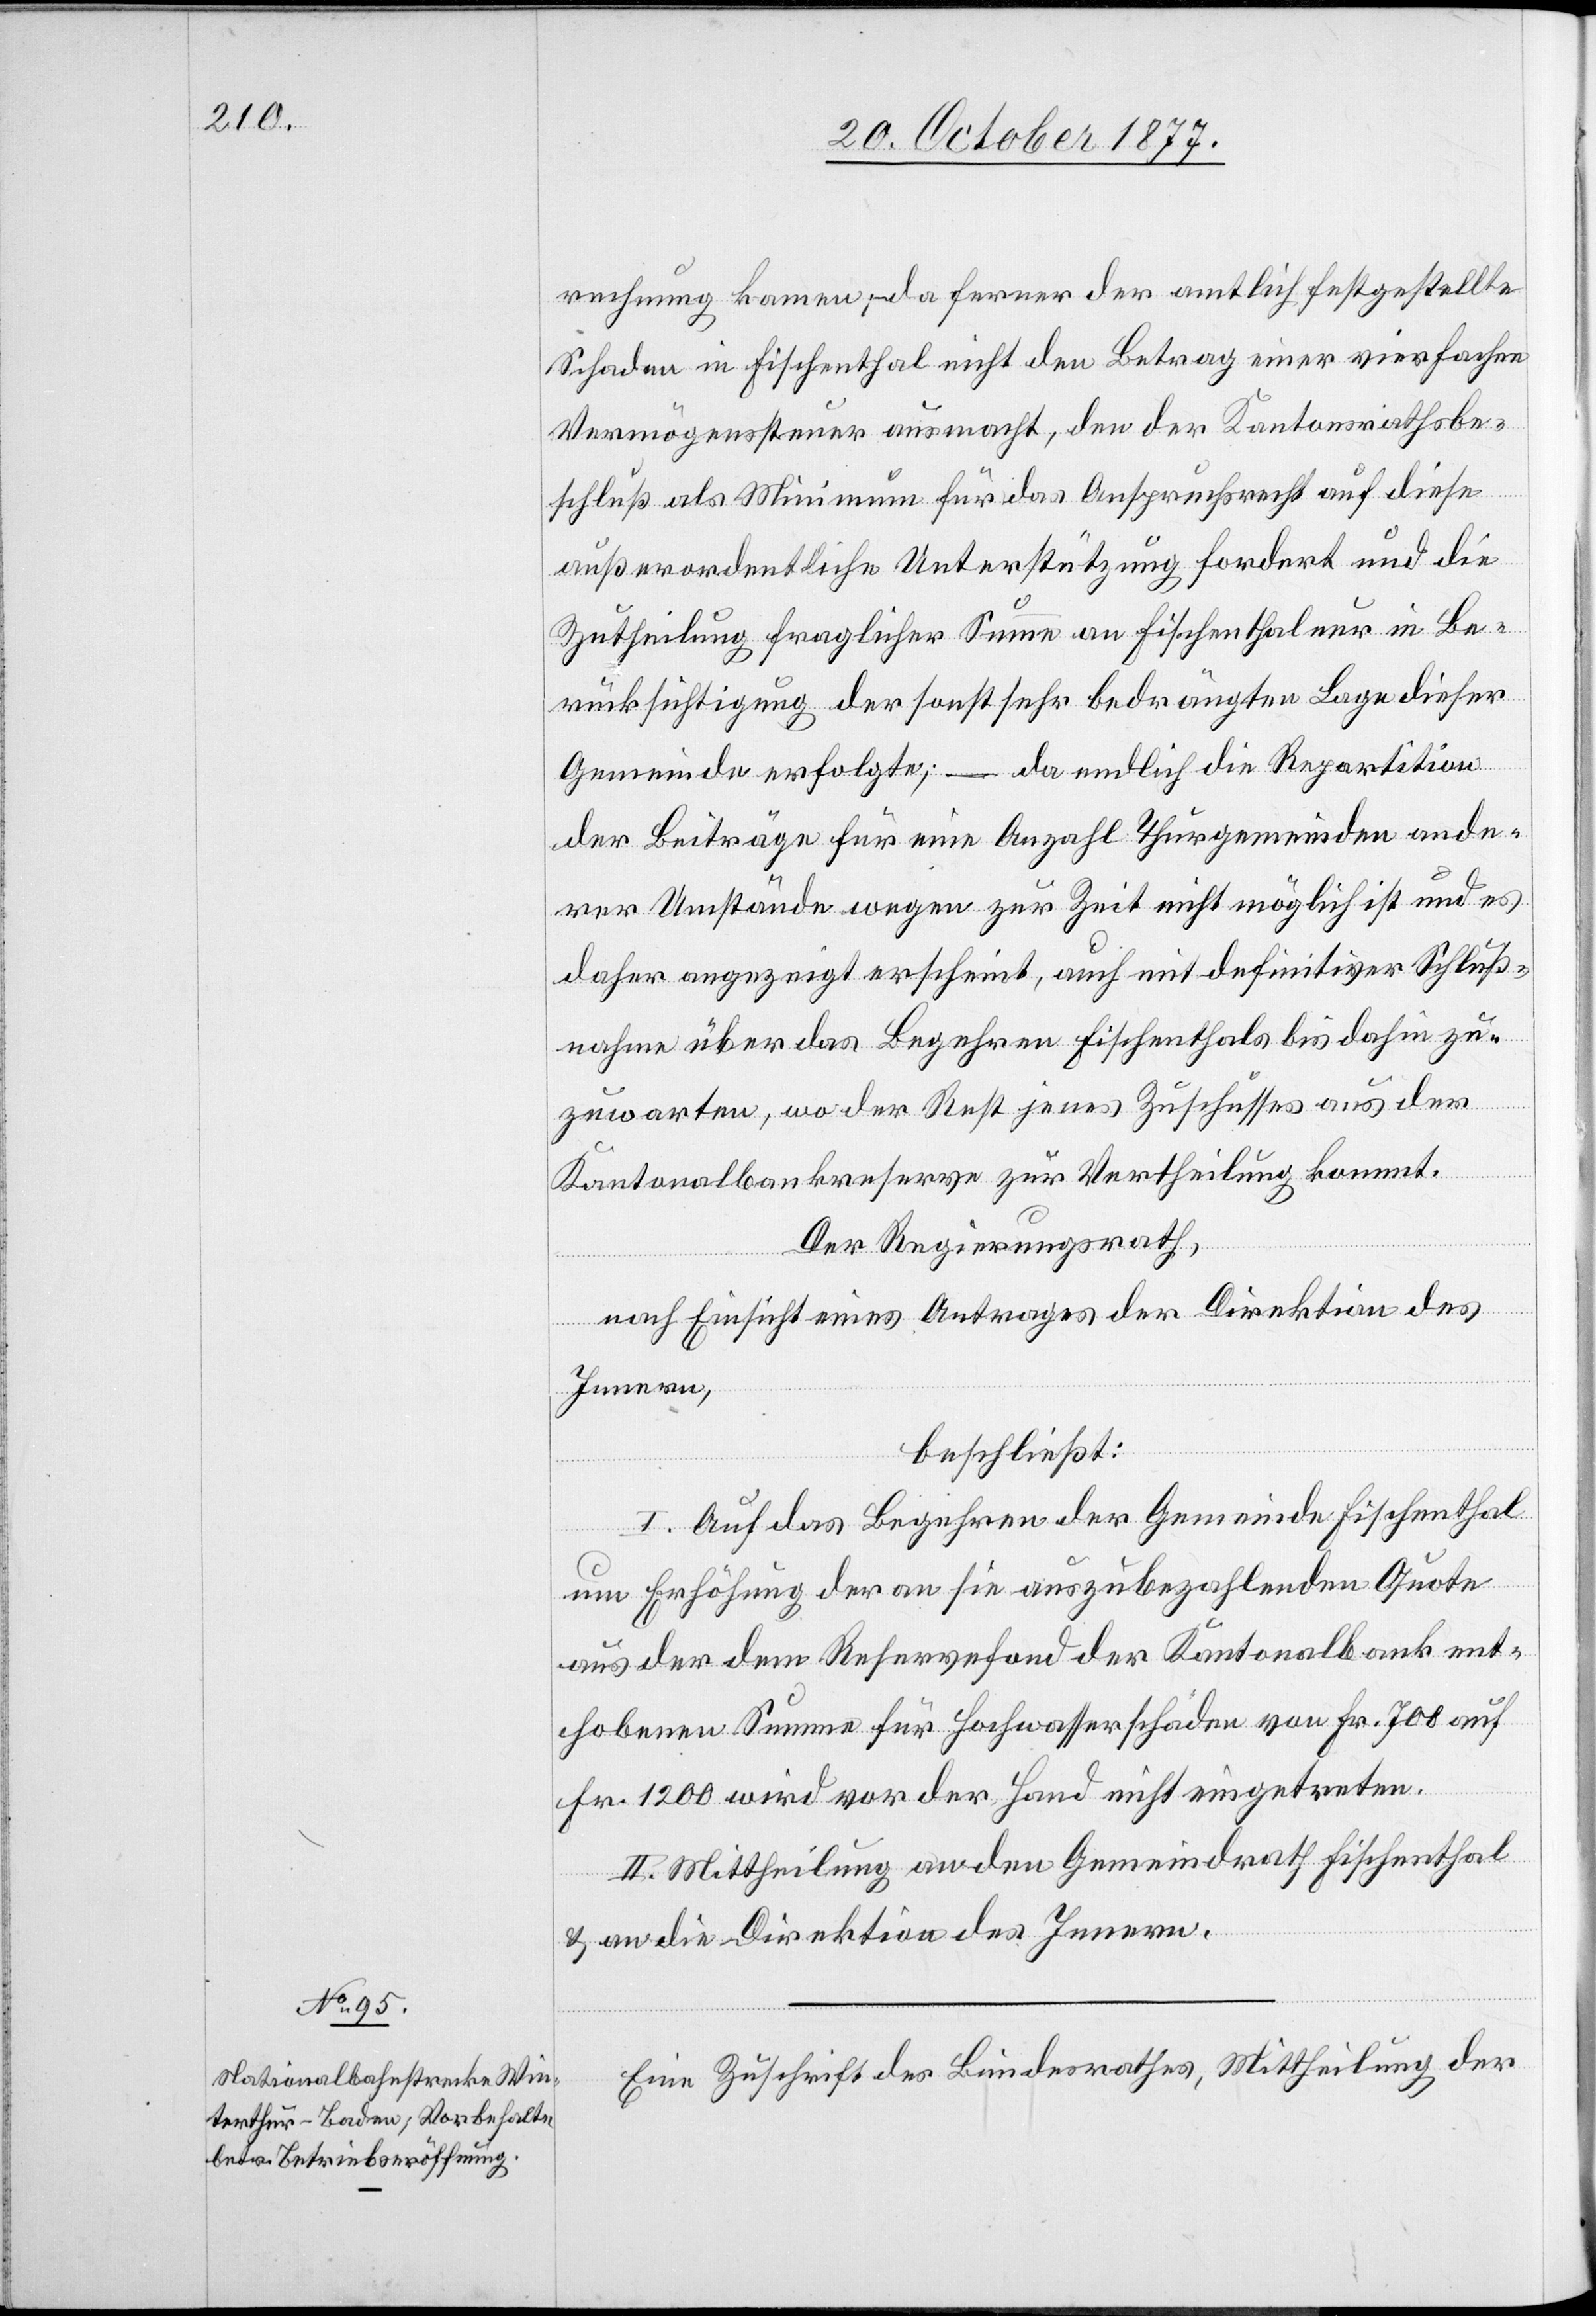
rechnung kamen; da ferner der amtlich festgestellte
Schaden in Fischenthal nicht den Betrag einer vierfachen
Vermögenssteuer ausmacht, den der Kantonsrathsbe¬
schluß als Minimum für das Anspruchsrecht auf diese
außerordentliche Unterstützung fordert und die
Zutheilung fraglicher Summe an Fischenthal nur in Be¬
rücksichtigung der sonst sehr bedrängten Lage dieser
Gemeinde erfolgte; – da endlich die Repartition
der Beiträge für eine Anzahl Thurgemeinden ande¬
rer Umstände wegen zur Zeit nicht möglich ist und es
daher angezeigt erscheint, auch mit definitiver Schluß¬
nahme über das Begehren Fischenthals bis dahin zu¬
zuwarten, wo der Rest jenes Zuschusses aus der
Kantonalbankreserve zur Vertheilung kommt.
Der Regierungsrath,
nach Einsicht eines Antrages der Direktion des
Innern,
beschließt:
I. Auf das Begehren der Gemeinde Fischenthal
um Erhöhung der an sie auszubezahlenden Quote
aus der dem Reservefond der Kantonalbank ent¬
hobenen Summe für Hochwasserschäden von Fr. 700 auf
Fr. 1200 wird vor der Hand nicht eingetreten.
II. Mittheilung an den Gemeindrath Fischenthal
& an die Direktion des Innern.
Eine Zuschrift des Bundesrathes, Mittheilung der